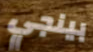
بينجي